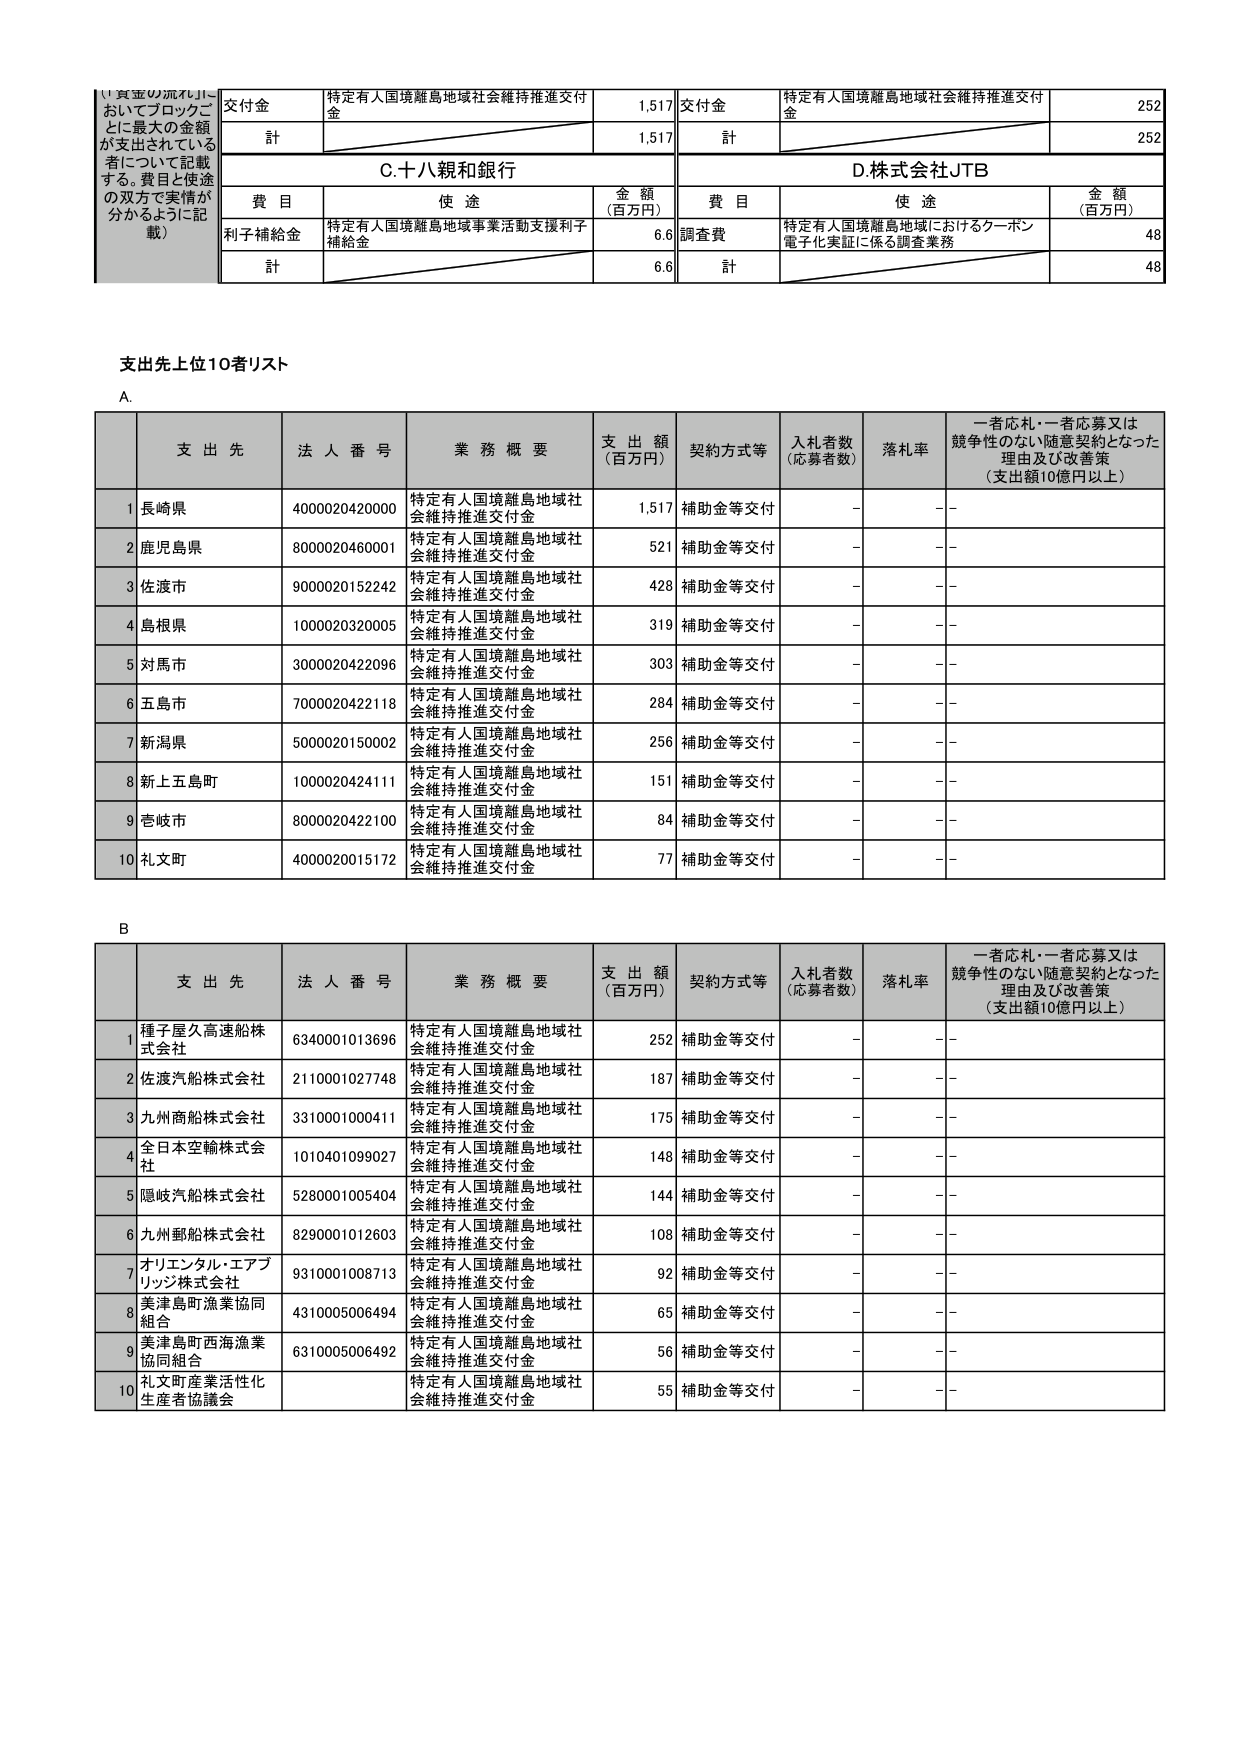
（「資金の流れ」においてブロックごとに最大の金額が支出されている者について記載する。費目と使途の双方で実情が分かるように記載）

交付金
特定有人国境離島地域社会維持推進交付金
1,517

計
1,517

C. 十八親和銀行

費目
使途
金額（百万円）
利子補給金
特定有人国境離島地域事業活動支援利子補給金
6.6

計
6.6

交付金
特定有人国境離島地域社会維持推進交付金
252

計
252

D. 株式会社JTB

費目
使途
金額（百万円）
調査費
特定有人国境離島地域におけるクーポン電子化実証に係る調査業務
48

計
48

支出先上位10者リスト

A.

支 出 先
法 人 番 号
業 務 概 要
支 出 額（百万円）
契約方式等
入札者数（応募者数）
落札率
一者応札・一者応募又は競争性のない随意契約となった理由及び改善策（支出額10億円以上）

1
長崎県
4000020420000
特定有人国境離島地域社会維持推進交付金
1,517
補助金等交付
-
-

2
鹿児島県
8000020460001
特定有人国境離島地域社会維持推進交付金
521
補助金等交付
-
-

3
佐渡市
9000020152242
特定有人国境離島地域社会維持推進交付金
428
補助金等交付
-
-

4
島根県
1000020320005
特定有人国境離島地域社会維持推進交付金
319
補助金等交付
-
-

5
対馬市
3000020422096
特定有人国境離島地域社会維持推進交付金
303
補助金等交付
-
-

6
五島市
7000020422118
特定有人国境離島地域社会維持推進交付金
284
補助金等交付
-
-

7
新潟県
5000020150002
特定有人国境離島地域社会維持推進交付金
256
補助金等交付
-
-

8
新上五島町
1000020424111
特定有人国境離島地域社会維持推進交付金
151
補助金等交付
-
-

9
壱岐市
8000020422100
特定有人国境離島地域社会維持推進交付金
84
補助金等交付
-
-

10
礼文町
4000020015172
特定有人国境離島地域社会維持推進交付金
77
補助金等交付
-
-

B

支 出 先
法 人 番 号
業 務 概 要
支 出 額（百万円）
契約方式等
入札者数（応募者数）
落札率
一者応札・一者応募又は競争性のない随意契約となった理由及び改善策（支出額10億円以上）

1
種子屋久高速船株式会社
6340001013696
特定有人国境離島地域社会維持推進交付金
252
補助金等交付
-
-

2
佐渡汽船株式会社
2110001027748
特定有人国境離島地域社会維持推進交付金
187
補助金等交付
-
-

3
九州商船株式会社
3310001000411
特定有人国境離島地域社会維持推進交付金
175
補助金等交付
-
-

4
全日本空輸株式会社
1010401099027
特定有人国境離島地域社会維持推進交付金
148
補助金等交付
-
-

5
隠岐汽船株式会社
5280001005404
特定有人国境離島地域社会維持推進交付金
144
補助金等交付
-
-

6
九州郵船株式会社
8290001012603
特定有人国境離島地域社会維持推進交付金
108
補助金等交付
-
-

7
オリエンタル・エアブリッジ株式会社
9310001008713
特定有人国境離島地域社会維持推進交付金
92
補助金等交付
-
-

8
美津島町漁業協同組合
4310005006494
特定有人国境離島地域社会維持推進交付金
65
補助金等交付
-
-

9
美津島町西海漁業協同組合
6310005006492
特定有人国境離島地域社会維持推進交付金
56
補助金等交付
-
-

10
礼文町産業活性化生産者協議会
特定有人国境離島地域社会維持推進交付金
55
補助金等交付
-
-